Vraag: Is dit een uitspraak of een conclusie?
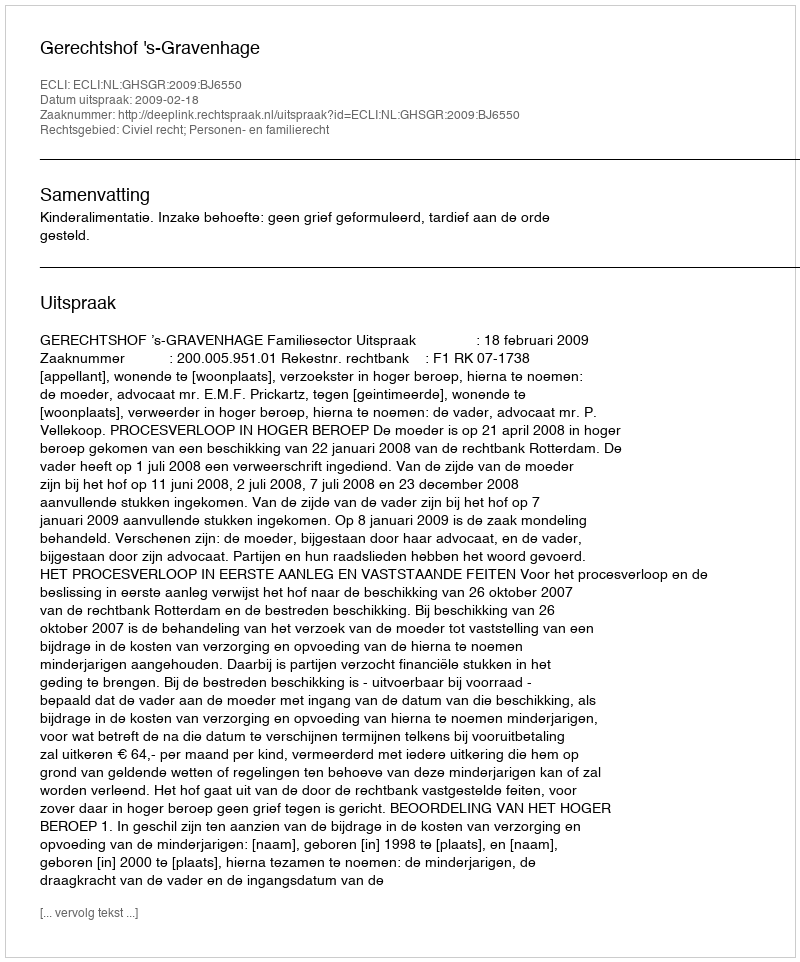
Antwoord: Uitspraak